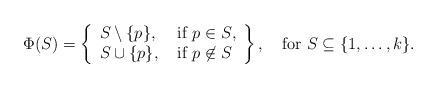
LaTeX: \begin{align*} \Phi (S) = \left\{ \begin{array}{ll}S \setminus \{ p \}, & \mbox{ if $p \in S$,} \\S \cup \{ p \}, & \mbox{ if $p \not\in S$}\end{array} \right\}, \ \ \mbox{ for }S \subseteq \{ 1, \ldots , k \}.\end{align*}